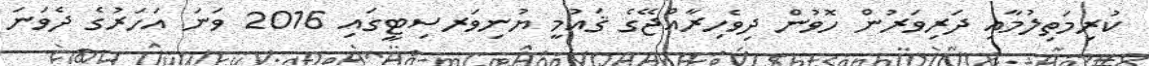
ކުރިމަތިލުމާއި ދަރިވަރުން ހޮވުން ދިވެހިރާއްޖޭގެ ޤައުމީ ޔުނިވަރސިޓީގައި 2016 ވަނަ އަހަރުގެ ދެވަނަ